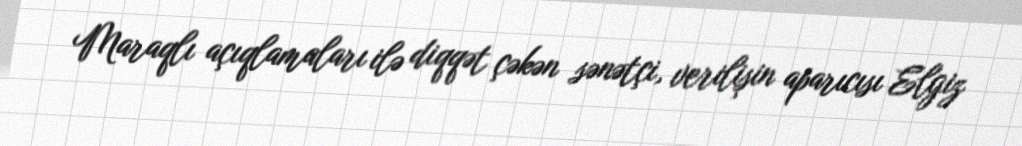
Maraqlı açıqlamaları ilə diqqət çəkən sənətçi, verilişin aparıcısı Elgiz